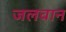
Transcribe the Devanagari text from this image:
जलवान